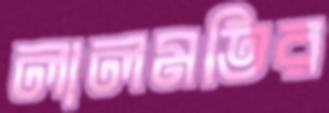
লালমতির